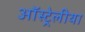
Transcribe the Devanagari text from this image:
ऑस्ट्रेलीया